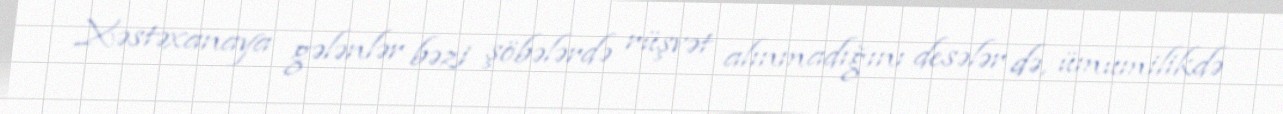
Xəstəxanaya gələnlər bəzi şöbələrdə rüşvət alınmadığını desələr də, ümumilikdə